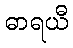
ဓာရယီ